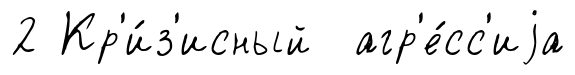
2 Кр'и́з'исный агр'е́сс'иjа